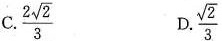
C. \frac{2 \sqrt{2}}{3} D. \frac{\sqrt{2}}{3}